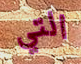
التي